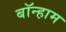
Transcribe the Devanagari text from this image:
बॉन्हाम